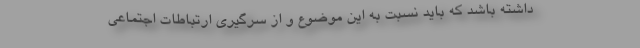
داشته باشد که باید نسبت به این موضوع و از سرگیری ارتباطات اجتماعی